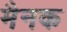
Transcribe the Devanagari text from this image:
मैनक